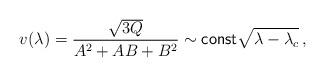
LaTeX: \begin{align*}v(\lambda )=\frac{\sqrt{3Q}}{A^2+AB+B^2}\sim \mbox{\sf const} \sqrt{\lambda -\lambda_c}\, ,\end{align*}